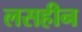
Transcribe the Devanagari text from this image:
लसहीन